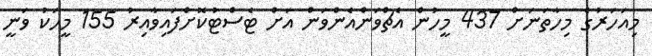
މިއަހަރުގެ މިހާތަނަށް 437 މީހުން އެޗްވަންއެންވަން އަށް ޓެސްޓުކޮށްފައިވާއިރު 155 މީހަކު ވަނީ